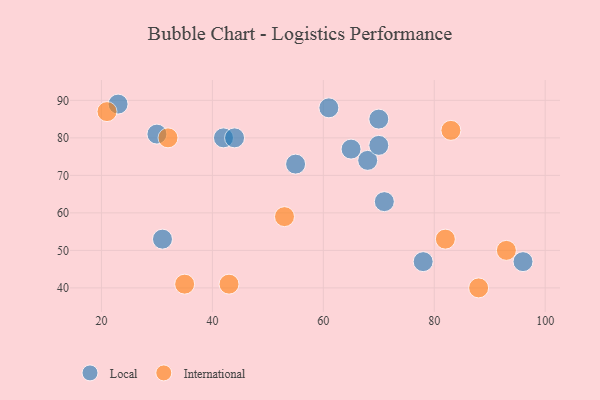
{"axis": {"x": "GDP", "y": "Life Expectancy"}, "legend": ["International", "Local"], "data": [{"x": "23", "y": 89, "type": "Local"}, {"x": "65", "y": 77, "type": "Local"}, {"x": "55", "y": 73, "type": "Local"}, {"x": "71", "y": 63, "type": "Local"}, {"x": "61", "y": 88, "type": "Local"}, {"x": "30", "y": 81, "type": "Local"}, {"x": "68", "y": 74, "type": "Local"}, {"x": "96", "y": 47, "type": "Local"}, {"x": "31", "y": 53, "type": "Local"}, {"x": "42", "y": 80, "type": "Local"}, {"x": "70", "y": 85, "type": "Local"}, {"x": "70", "y": 78, "type": "Local"}, {"x": "44", "y": 80, "type": "Local"}, {"x": "78", "y": 47, "type": "Local"}, {"x": "82", "y": 53, "type": "International"}, {"x": "32", "y": 80, "type": "International"}, {"x": "43", "y": 41, "type": "International"}, {"x": "93", "y": 50, "type": "International"}, {"x": "21", "y": 87, "type": "International"}, {"x": "35", "y": 41, "type": "International"}, {"x": "88", "y": 40, "type": "International"}, {"x": "53", "y": 59, "type": "International"}, {"x": "83", "y": 82, "type": "International"}]}